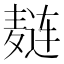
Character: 𲎑